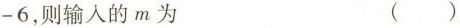
-6，则输入的m为 ( )